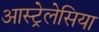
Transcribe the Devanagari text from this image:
आस्ट्रेलेसिया